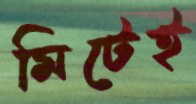
মিটেই